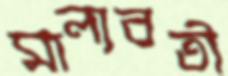
মাল্যবতী